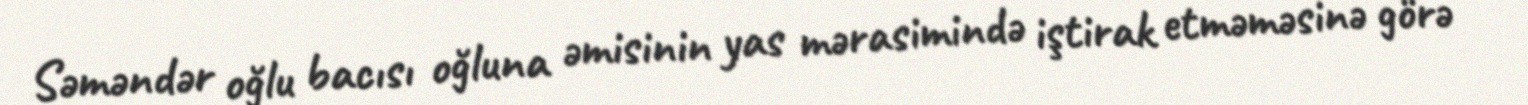
Səməndər oğlu bacısı oğluna əmisinin yas mərasimində iştirak etməməsinə görə